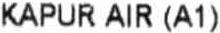
KAPUR AIR (A1)